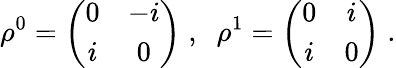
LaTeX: \rho^{0}=\left(\begin{array}{cc}{{0}}&{{-i}}\\ {{i}}&{{0}}\end{array}\right)\; ,\; \; \rho^{1}=\left(\begin{array}{cc}{{0}}&{{i}}\\ {{i}}&{{0}}\end{array}\right)\; .